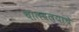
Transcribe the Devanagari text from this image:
चालवल्याचे